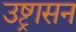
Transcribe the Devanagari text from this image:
उष्ट्रासन